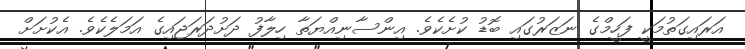
އަރައިގަތުމަކީ ފަހީމްގެ ނަޒަރުގައި ބޮޑު ކުށެކެވެ. އިންސާނިއްޔަތާ ހިލާފު ދަށުދަރަޖައިގެ އަމަލެކެވެ. އެކުށަށް